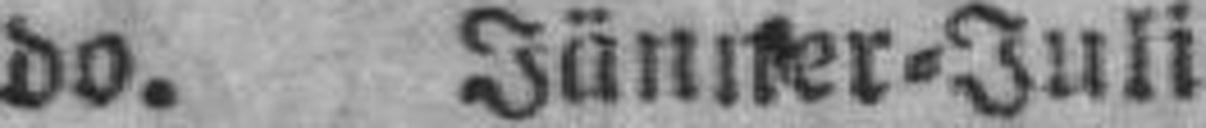
do. Jänner=Juli